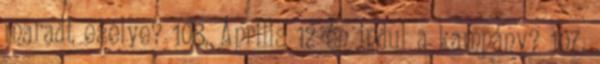
maradt esélye? 108. Április 12-én indul a kampány? 107.